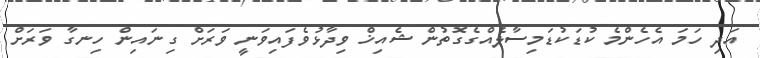
އަދި ހަމަ އެހެންމެ ކުޑަކުޑަމިސާލެއްގެގޮތުން ޝެއިޚް ވިދާޅުވެފައިވަނީ ވަރަށް ގިނައިން ހިނގާ ވަރަށް